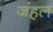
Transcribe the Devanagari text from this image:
जंहल